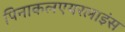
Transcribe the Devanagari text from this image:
पिनाकलएयरलाइंस